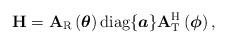
LaTeX: \begin{align*}\mathbf{H} = \mathbf{A}_{\rm R}\left(\boldsymbol{\theta}\right){\rm diag}\{\boldsymbol{a}\}\mathbf{A}_{\rm T}^{\rm H}\left(\boldsymbol{\phi}\right),\end{align*}